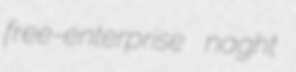
free-enterprise naght